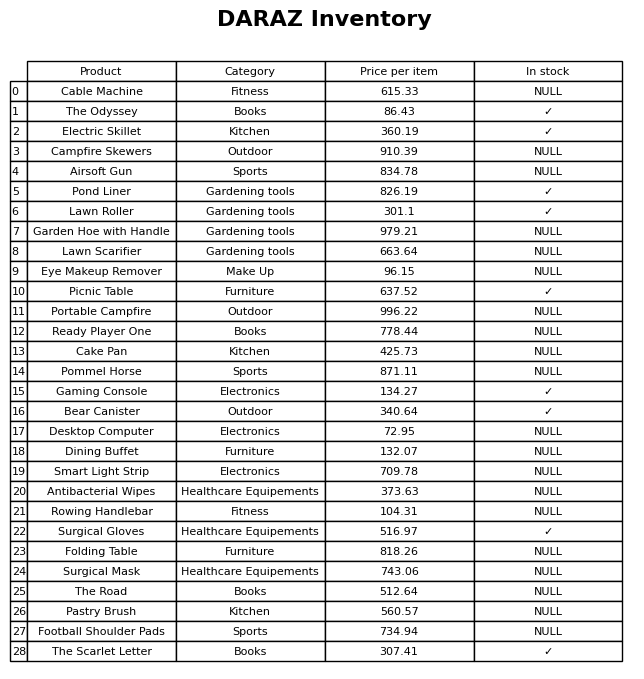
question: What is the price of the Campfire Skewers?
answer: The price of Campfire Skewers is 910.39.